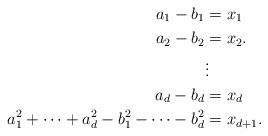
LaTeX: \begin{align*}a_1-b_1 &= x_1\\ a_2-b_2 &= x_2.\\ &\vdots\\ a_d-b_d &=x_d\\ a_1^2+\cdots+a_d^2-b_1^2-\cdots-b_d^2 &=x_{d+1}.\end{align*}